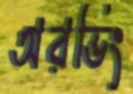
অরভিং